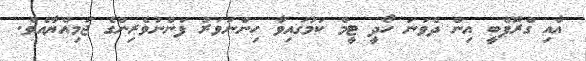
އާއި ގްރޫޕްބީ އިން ދެވަނަ ހޯދީ ޓީމް ކަމުގައިވާ ހިންނަވަރު ފަންނުވެރިންގެ ޖަމިއްޔާއެވެ.